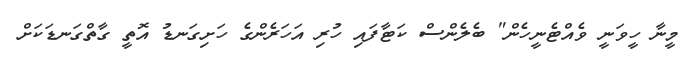
މީނާ ހީވަނީ ވެއްޓެނީހެން" ބެލެންސް ކަޓާފައި ހުރި އަހަރެންގެ ހަށިގަނޑު އޮތީ ގާތްގަނޑަކަށް